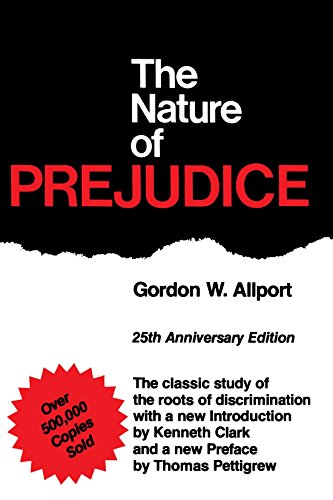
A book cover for The Nature of Prejudice: 25th Anniversary Edition; Gordon W. Allport; Law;